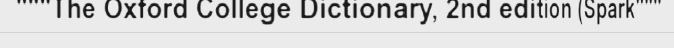
"""The Oxford College Dictionary, 2nd edition (Spark"""